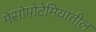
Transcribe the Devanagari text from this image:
मेसोपोटेमियातील